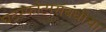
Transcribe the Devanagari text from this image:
घटस्फोटासंबंधीचा